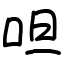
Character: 呾